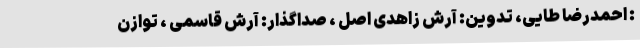
: احمدرضا طایی، تدوین: آرش زاهدی اصل ، صداگذار: آرش قاسمی ، توازن